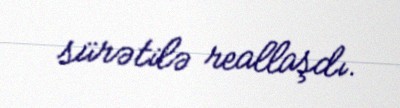
sürətilə reallaşdı.